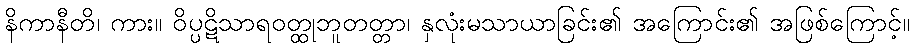
နိကာနီတိ၊ ကား။ ဝိပ္ပဋိသာရဝတ္ထုဘူတတ္တာ၊ နှလုံးမသာယာခြင်း၏ အကြောင်း၏ အဖြစ်ကြောင့်။